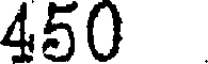
450